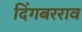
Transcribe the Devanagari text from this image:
दिंगबरराव